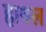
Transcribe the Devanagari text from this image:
हाथल